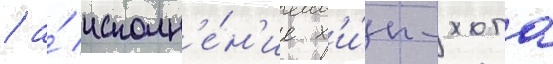
/ а́ исполн'е́н'ие х'и́п-хопа